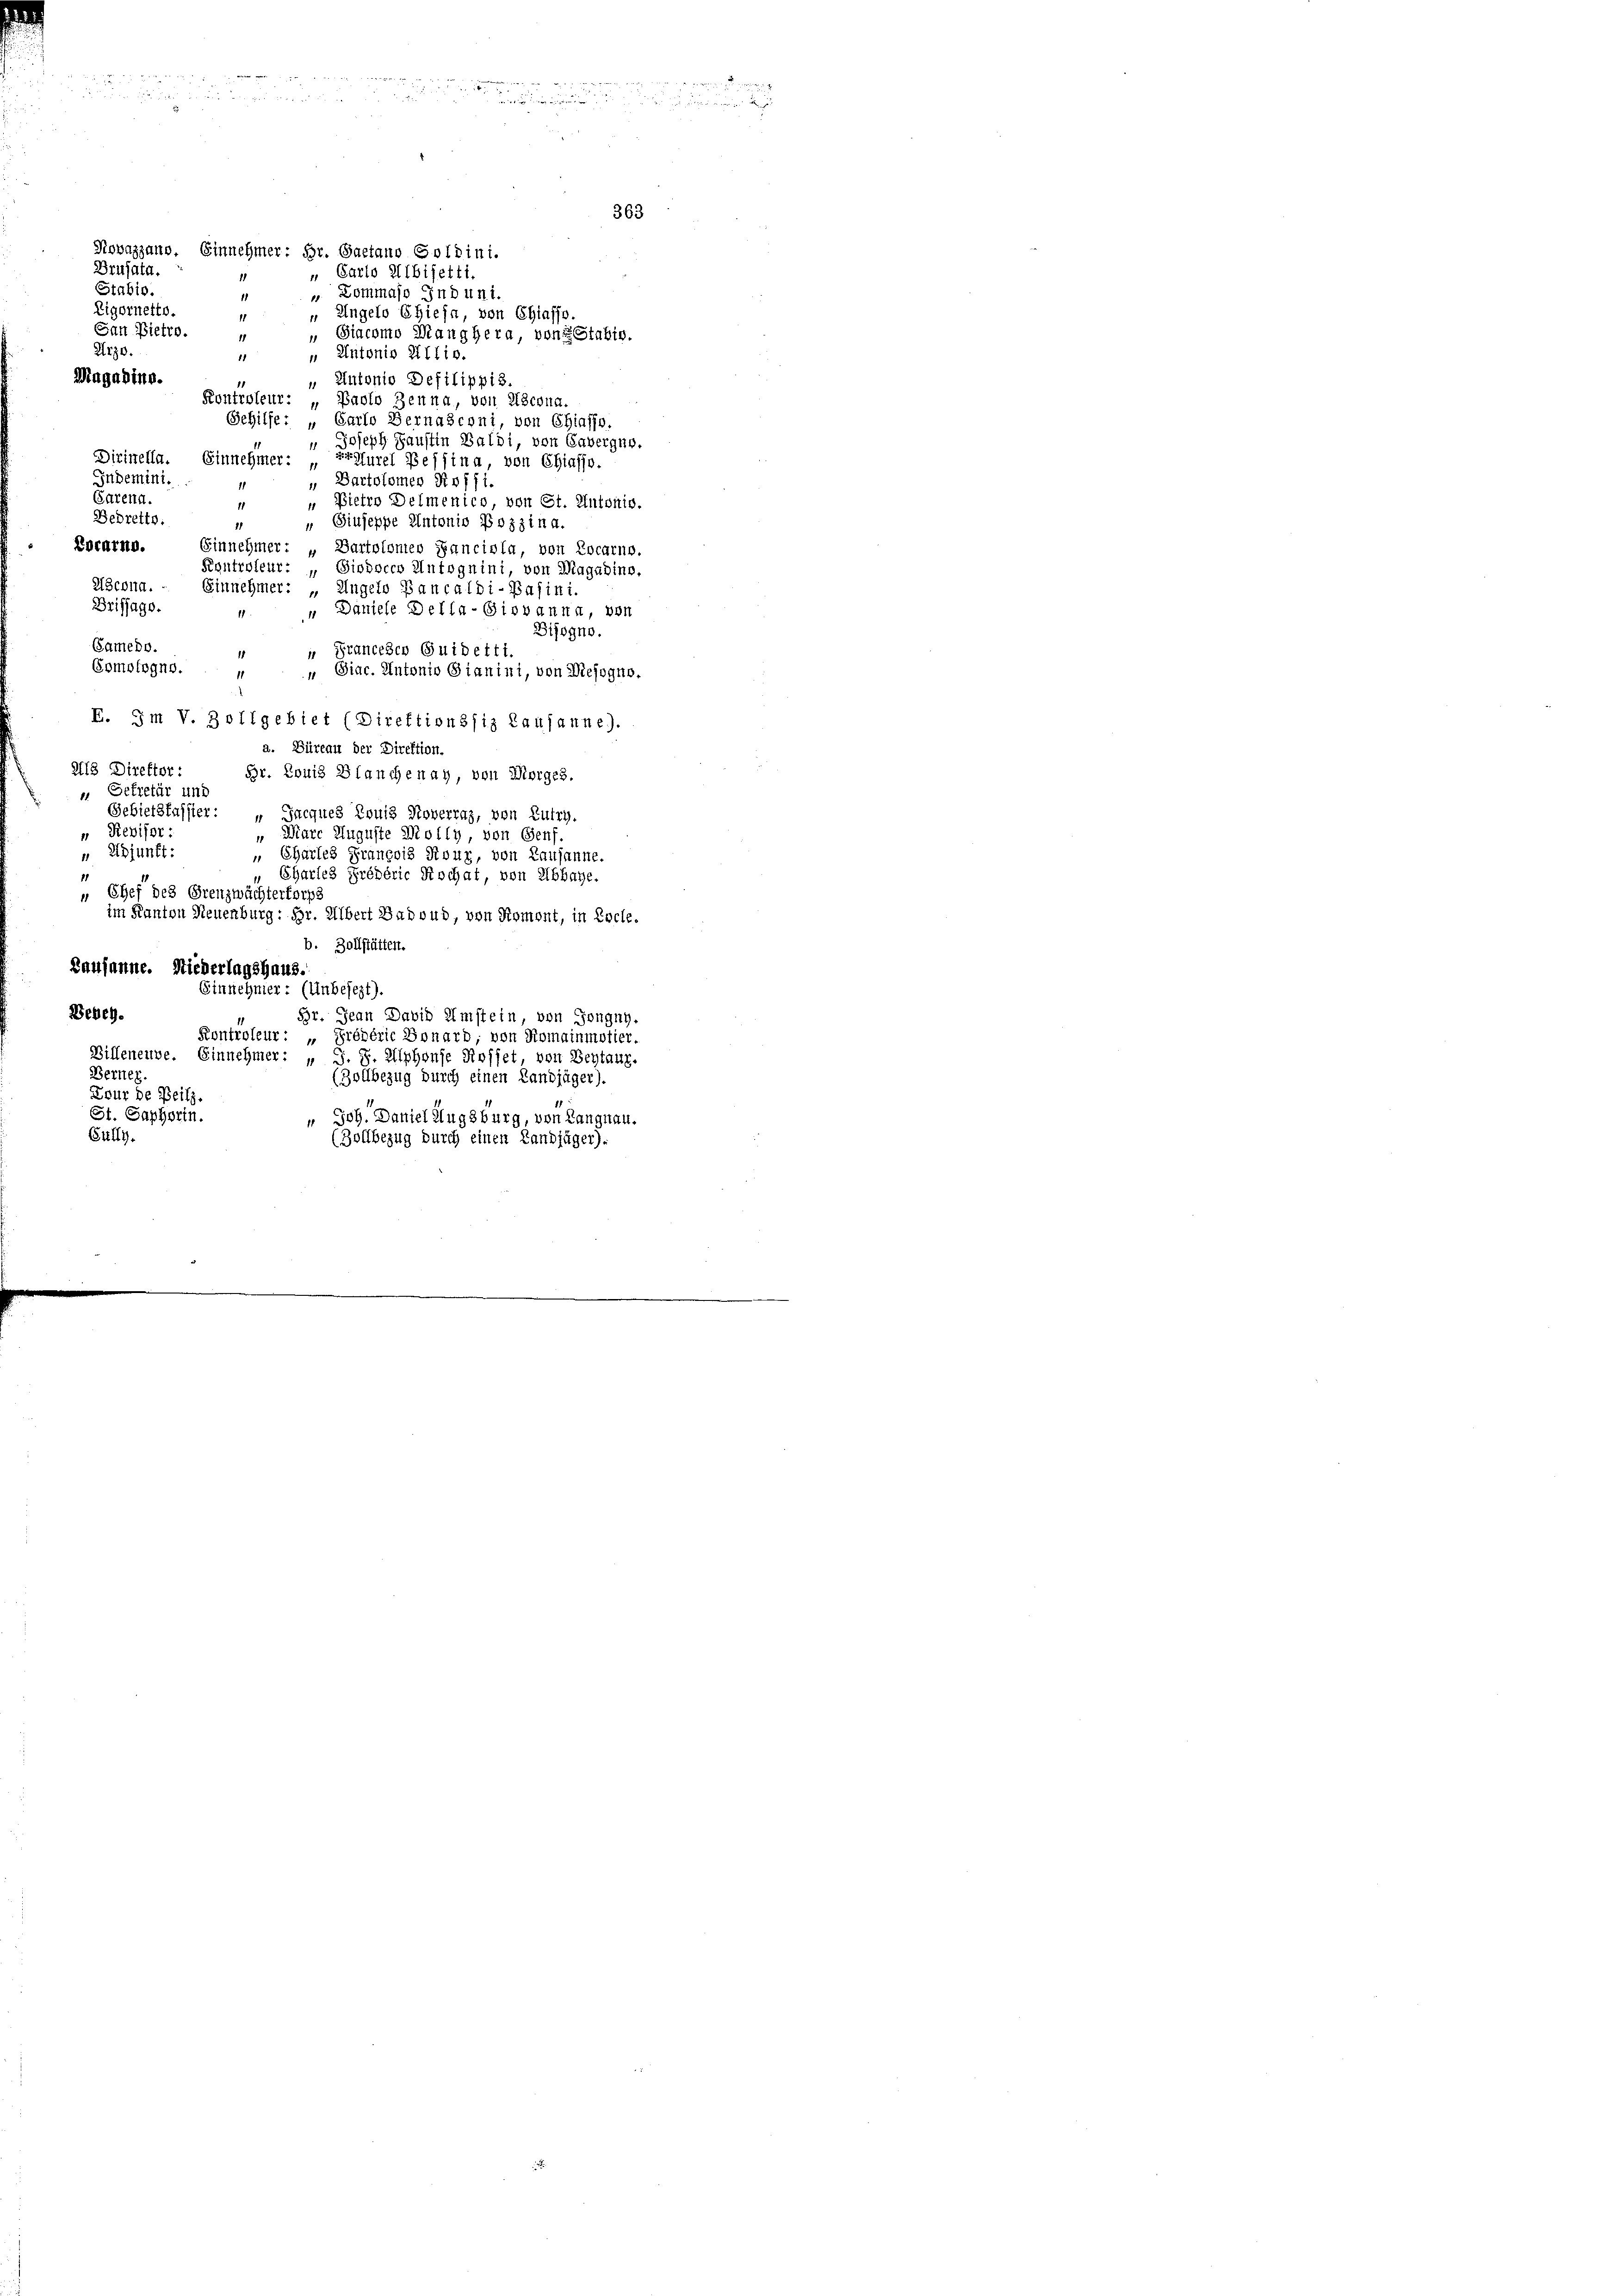
Rovazzano. Einnehmer: Dr. Gaetano Goldini.
Drusata.
„ Carlo Albifetti,
1
Stabis.
 Kommaso Induni.
1
Eigornetto.
" Ungelo Chiesa, von Chiaffo.
11
San Pietro.
 Giacomo Manghera von Stabis.
Arzo.
" Antonio Aflio.
Magazinr.
" Antonio Defilippis.
11
Kontroleur: „Paolo Zeuna, von Escona.
Gehilfe: „Carlo Bernasconi, von Chiasso.
" Joseph Hausein Baldi, von Savergur.
Dirinella. Einnehmer: Ergfurel Pessina von Chiasso-
Indemini.
Bartolomer Kof fi.
Carena
 Pietro Delmenico, von St. Antonis.
1
Bedrette.
" Siuseppe Antonio Pozzina.
21
Kocarno.
Einnehmer: „Bartolomen Fancisla, von Locarno.
Rantroleur:
Sioöscco Antognini, von Magabine.
AScona.
Einnehmer: „Angels Bancaldi-Pafini.
Drifjage.
 Daniele Della-Giovanna, von
Bijogno.
Gamedo
 Francesco Guidetti.
1
Comologne.
 Giac. Antonio Gianini, von Mesogno.
1
E. Im V. Zollgebiet (Direktionssiz Lausanne)
a. Büreau der Direktion.
213 Direktor :
Br. Louis Blanchenay, von Morges.
 Sekretär und
Gebietskassier:
Jacques Louis Roverraz, von Lutry.
Revisor:
" Ware Auguste Molly, von Genf.
" Adjunkt:
„ Chartes Franeois Rour, von Lausanne
Charles Prödéric Rochat, von Abbaye.
„ Chef des Grenzwächterforpi
im Kanton Neuenburg: Hr. Albert Badvud, von Romont, in Loche.
b. Zollstätten.
Lausanne. Niederlagshaus.
Sinschmier : (Unbesezt).
Beben.
Br. Jean David Umstein, von Gongny.
Kontroleur: „Prédéric Bonard; von Romainmotier.
Billeneuve. Einnehmer: „ J. J. Alphonse Koffet von Bestanz.
Berner
(Zollbezug durch einen Landjäger).
Tour de Beilz.
St. Saphorin.
 Joh. Daniel Augsburg, von Langnau.
Gully.
(Zollbezug durch einen Landjäger).

e

wie des an, wenig, weniger in der Herrschicht eing

363